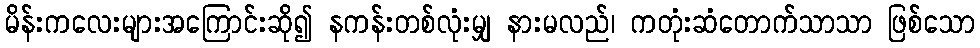
မိန်းကလေးများအကြောင်းဆို၍ နကန်းတစ်လုံးမျှ နားမလည်၊ ကတုံးဆံတောက်သာသာ ဖြစ်သော